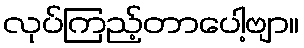
လုပ်ကြည့်တာပေါ့ဗျာ။